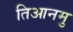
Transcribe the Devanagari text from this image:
तिआनमु